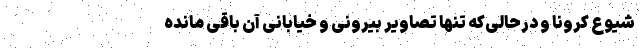
شیوع کرونا و درحالی‌که تنها تصاویر بیرونی و خیابانی آن باقی مانده